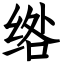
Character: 绺